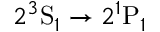
2 ^ { 3 } \mathrm { S } _ { 1 } \rightarrow 2 ^ { 1 } \mathrm { P } _ { 1 }